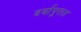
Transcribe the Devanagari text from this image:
दर्यापुरात